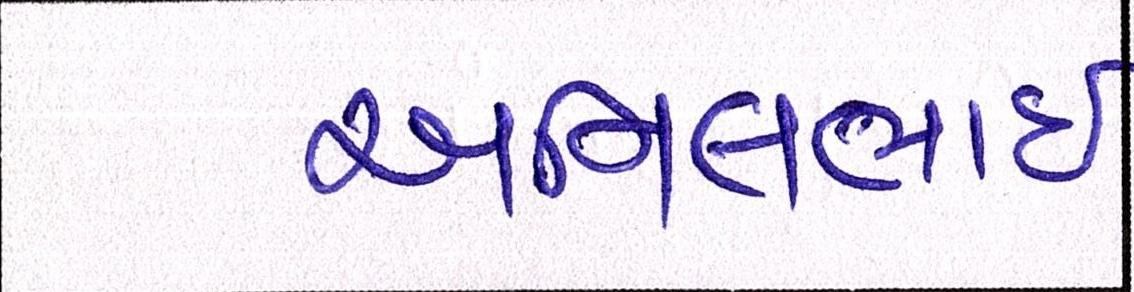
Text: અનિલભાઇ